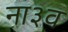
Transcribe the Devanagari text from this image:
ना३व